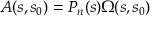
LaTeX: A ( s , s _ { 0 } ) = P _ { n } ( s ) \Omega ( s , s _ { 0 } )